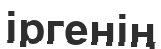
іргенің